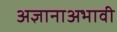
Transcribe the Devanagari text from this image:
अज्ञानाअभावी